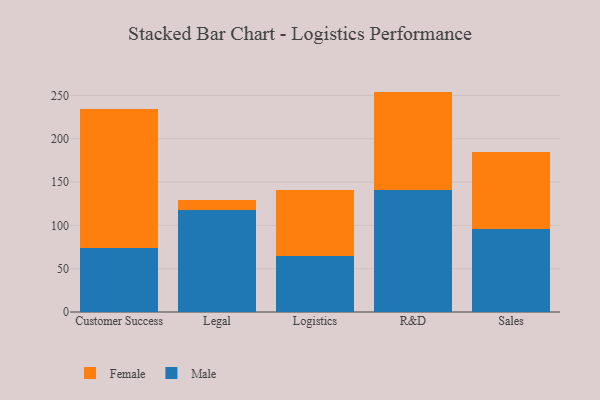
{"axis": {"x": "Department", "y": "Inventory Turnover"}, "legend": ["Female", "Male"], "data": [{"x": "Customer Success", "y": 74.1, "type": "Male"}, {"x": "Customer Success", "y": 159.9, "type": "Female"}, {"x": "Legal", "y": 118.0, "type": "Male"}, {"x": "Legal", "y": 11.7, "type": "Female"}, {"x": "Logistics", "y": 64.5, "type": "Male"}, {"x": "Logistics", "y": 76.0, "type": "Female"}, {"x": "R&D", "y": 141.0, "type": "Male"}, {"x": "R&D", "y": 113.5, "type": "Female"}, {"x": "Sales", "y": 95.5, "type": "Male"}, {"x": "Sales", "y": 89.0, "type": "Female"}]}